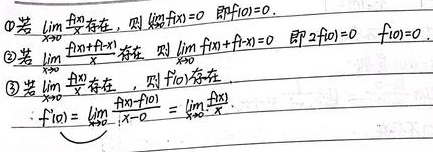
\textcircled{1} 若\(\lim_{x \to 0} \frac{f(x)}{x}\)存在，则\(\lim_{x \to 0} f(x)=0\)，即\(f(0)=0\)。
\textcircled{2} 若\(\lim_{x \to 0} \frac{f(x)+f(-x)}{x}\)存在，则\(\lim_{x \to 0}[f(x)+f(-x)] = 0\)，即\(2f(0)=0\)，\(f(0)=0\)。
\textcircled{3} 若\(\lim_{x \to 0} \frac{f(x)}{x}\)存在，则\(f'(0)\)存在。\(f'(0)=\lim_{x \to 0} \frac{f(x)-f(0)}{x - 0}=\lim_{x \to 0} \frac{f(x)}{x}\)。